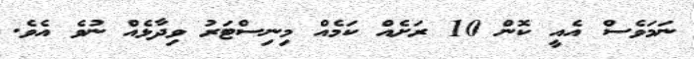
ނަމަވެސް އެއީ ކޮން 10 ރަށެއް ކަމެއް މިނިސްޓަރު ވިދާޅެއް ނުވެ އެވެ.